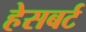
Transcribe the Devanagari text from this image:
हेसबर्ट